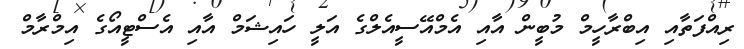
ރިއްފަތާއި އިބްރާހީމް މުބީން އާއި އެމްއޭސީއެލްގެ އަލީ ހައިޝަމް އާއި އެސްޓީއޯގެ އިމްރާމް